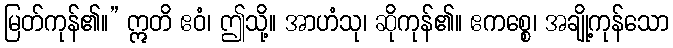
မြတ်ကုန်၏။” ဣတိ ဧဝံ၊ ဤသို့။ အာဟံသု၊ ဆိုကုန်၏။ ဧကစ္စေ၊ အချို့ကုန်သော